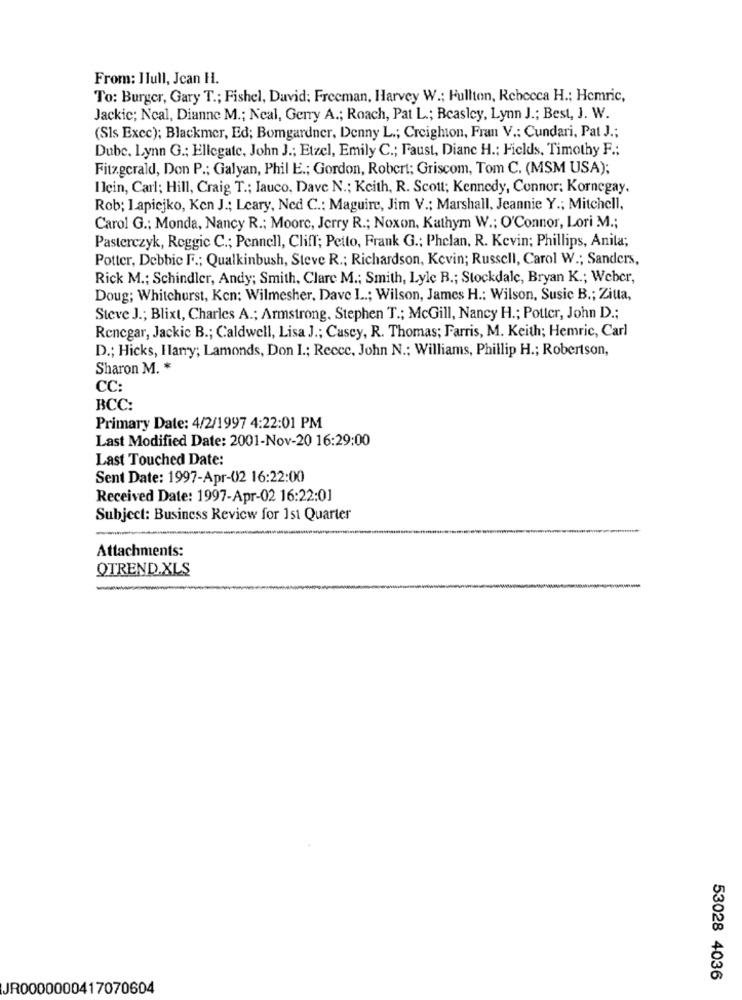
From: Ilull, Jean H.
To: Burger, Gary T .; Fishel, David: Freeman, Harvey W .; Fullton, Rebecca H .; Hemric,
Jackic; Ncal, Dianne M .; Neal, Gerry A .; Roach, Pat L .; Beasley, Lynn J .; Best, J. W.
(Sls Excc); Blackmer, Ed; Bomgardner, Denny L .; Creighton, Fran V .: Cundari, Pat J .;
Dube, Lynn G .; Ellegate, John J .; Etzel, Emily C .; Faust, Diane H .: Fields, Timothy F .;
Fitzgerald, Don P .; Galyan, Phil E .; Gordon, Robert; Griscom, Tom C. (MSM USA);
Ilein, Carl; Hill, Craig T .; Iauco, Dave N .; Keith, R. Scott; Kennedy, Connor; Kornegay,
Rob; I apiejko, Ken J .; Leary, Ned C .: Maguire, Jim V .; Marshall, Jeannie Y .; Mitchell,
Carol G .; Monda, Nancy R .; Moorc, Jerry R .; Noxon, Kathym W .; O'Connor, Lori M .;
Pasterczyk, Reggic C .; Pennell, Cliff; Petto, Frank G .: Phelan, R. Kevin; Phillips, Anita;
Potter, Debbie F .; Qualkinbush, Steve R .; Richardson, Kevin; Russell, Carol W .; Sanders,
Rick M .; Schindler, Andy; Smith, Clare M .; Smith, Lyle B .; Stockdale, Bryan K .; Weber,
Doug; Whitehurst, Ken: Wilmesher, Dave L .; Wilson, James H .: Wilson, Susie B .; Ziuta,
Steve J .; Blixt, Charles A .; Armstrong. Stephen T .; McGill, Nancy H .; Potter, John D .;
Renegar, Jackie B .; Caldwell, Lisa J .; Casey, R. Thomas; Farris, M. Keith; Hemric, Carl
D .; Hicks, Harry; Lamonds, Don I .; Recce, John N .: Williams, Phillip H .; Robertson,
Sharon M. *
CC:
BCC:
Primary Date: 4/2/1997 4:22:01 PM
Last Modified Date: 2001-Nov-20 16:29:00
Last Touched Date:
Sent Date: 1997-Apr-02 16:22:00
Received Date: 1997-Apr-02 16:22:01
Subject: Business Review for 1st Quarter
Attachments:
QTREND.XLS
-
53028 4036
JR0000000417070604